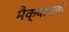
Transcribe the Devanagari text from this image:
मैक्यावली